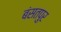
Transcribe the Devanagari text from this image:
बंसतपुर